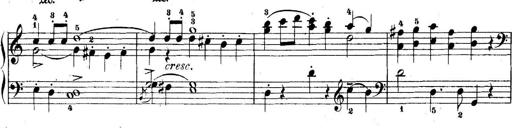
Title: 5 Sonatinas
Composer: Theodor Kirchner